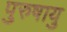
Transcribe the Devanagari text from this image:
पुरुषायु